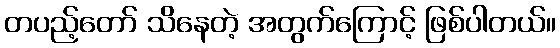
တပည့်တော် သိနေတဲ့ အတွက်ကြောင့် ဖြစ်ပါတယ်။